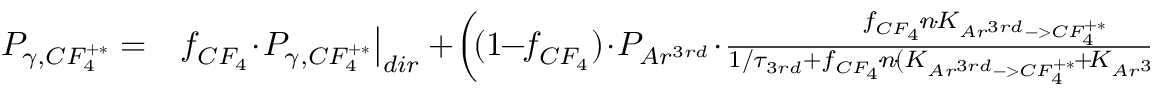
\begin{array} { r l } { P _ { \gamma , C F _ { 4 } ^ { + * } } = } & { { } f _ { C F _ { 4 } } \! \cdot \! P _ { \gamma , C F _ { 4 } ^ { + * } } \big | _ { d i r } + \! \left( \! ( 1 \! \! - \! \! f _ { C F _ { 4 } } ) \! \cdot \! P _ { A r ^ { 3 r d } } \! \cdot \! \frac { f _ { C F _ { 4 } } \! \cdot \! n \! \cdot \! K _ { A r ^ { 3 r d } - > C F _ { 4 } ^ { + * } } } { 1 / \tau _ { 3 r d } + f _ { C F _ { 4 } } \! \cdot \! n \! \cdot \! ( K _ { A r ^ { 3 r d } - > C F _ { 4 } ^ { + * } } \! + \! K _ { A r ^ { 3 r d } - > A r } ) } \! \right) } \end{array}